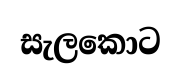
සැලකොට